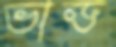
ভান্ড